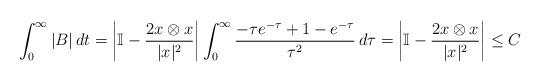
LaTeX: \begin{align*}\int_0^\infty |B|\,dt=\left|\mathbb I-\frac{2x\otimes x}{|x|^2}\right|\int_0^\infty \frac{-\tau e^{-\tau}+1-e^{-\tau}}{\tau^2}\,d\tau=\left|\mathbb I-\frac{2x\otimes x}{|x|^2}\right| \leq C\end{align*}